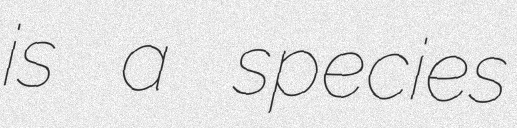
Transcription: is a species